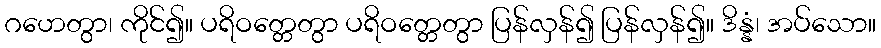
ဂဟေတွာ၊ ကိုင်၍။ ပရိဝတ္တေတွာ ပရိဝတ္တေတွာ ပြန်လှန်၍ ပြန်လှန်၍။ ဒိန္နံ၊ အပ်သော။